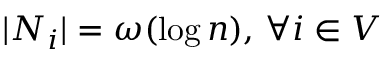
| N _ { i } | = \omega ( \log n ) , \, \forall i \in V